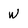
Character: W